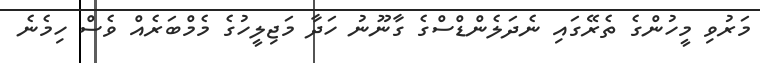
މަރުވި މީހުންގެ ތެރޭގައި ނެދަލެންޑްސްގެ ގާނޫނު ހަދާ މަޖިލީހުގެ މެމްބަރެއް ވެސް ހިމެނެ